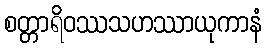
စတ္တာရိဝဿသဟဿာယုကာနံ